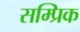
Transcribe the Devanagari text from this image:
सम्प्रिक